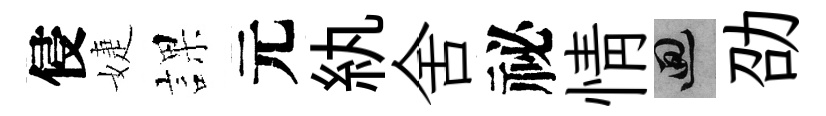
侵婕課元紈舍祕情回劭